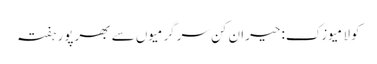
کولا میوزک: حیران کن سرگرمیوں سے بھرپور ہفتہ